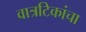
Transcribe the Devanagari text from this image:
वात्रटिकांचा